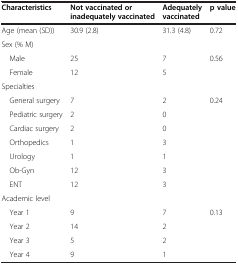
<table><thead><tr><td><b>Characteristics</b></td><td><b>Not vaccinated or inadequately vaccinated</b></td><td><b>Adequately vaccinated</b></td><td><b>p value</b></td></tr></thead><tbody><tr><td>Age (mean (SD))</td><td>30.9 (2.8)</td><td>31.3 (4.8)</td><td>0.72</td></tr><tr><td>Sex (% M)</td><td> </td><td> </td><td> </td></tr><tr><td> Male</td><td>25</td><td>7</td><td rowspan="2">0.56</td></tr><tr><td> Female</td><td>12</td><td>5</td></tr><tr><td>Specialties</td><td> </td><td> </td><td> </td></tr><tr><td> General surgery</td><td>7</td><td>2</td><td rowspan="7">0.24</td></tr><tr><td> Pediatric surgery</td><td>2</td><td>0</td></tr><tr><td> Cardiac surgery</td><td>2</td><td>0</td></tr><tr><td> Orthopedics</td><td>1</td><td>3</td></tr><tr><td> Urology</td><td>1</td><td>1</td></tr><tr><td> Ob-Gyn</td><td>12</td><td>3</td></tr><tr><td> ENT</td><td>12</td><td>3</td></tr><tr><td>Academic level</td><td> </td><td> </td><td> </td></tr><tr><td> Year 1</td><td>9</td><td>7</td><td rowspan="4">0.13</td></tr><tr><td> Year 2</td><td>14</td><td>2</td></tr><tr><td> Year 3</td><td>5</td><td>2</td></tr><tr><td> Year 4</td><td>9</td><td>1</td></tr></tbody></table>